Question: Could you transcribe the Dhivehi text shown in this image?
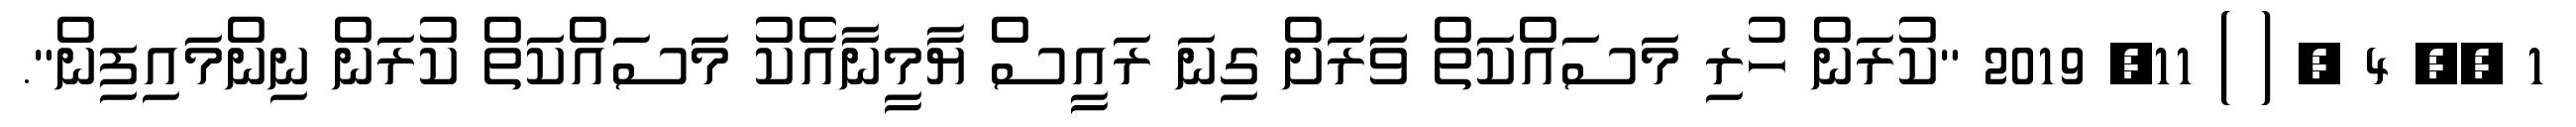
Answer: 1 ?? 4 ? ( ) 11, 2019 "ކުރަން ހުރި މަސައްކަތް ވަަރަށް ގިނަ ރައީސް ޔާމީނާއެކު މަސައްކަތް ކުރަން ނިންމައިފިން".